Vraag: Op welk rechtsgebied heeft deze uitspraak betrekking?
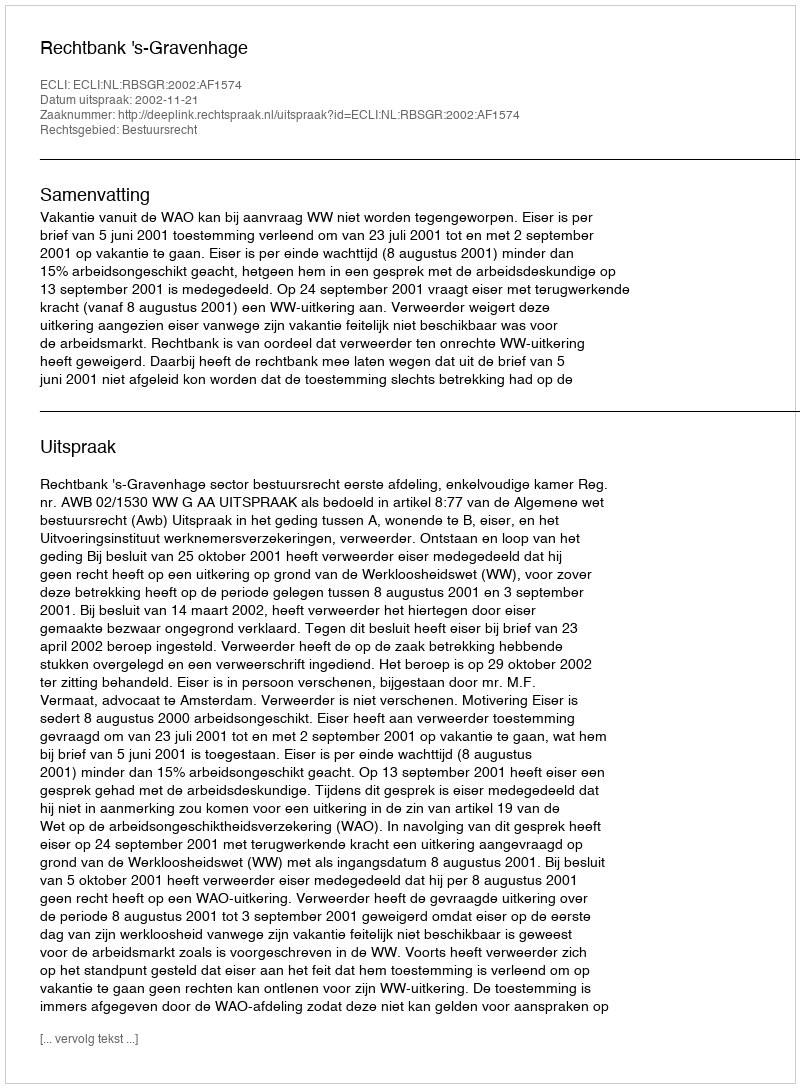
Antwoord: Bestuursrecht